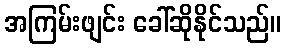
အကြမ်းဖျင်း ခေါ်ဆိုနိုင်သည်။